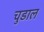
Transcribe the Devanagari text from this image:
चुडाल